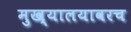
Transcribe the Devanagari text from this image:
मुख्यालयावरच